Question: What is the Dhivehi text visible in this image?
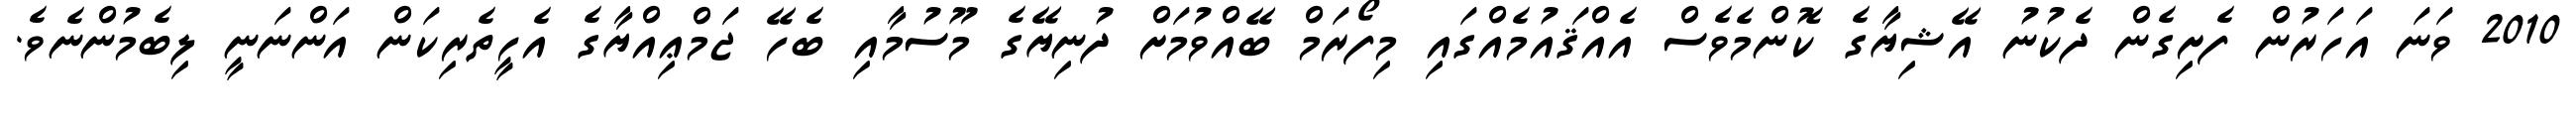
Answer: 2010 ވަނަ އަހަރުން ފެށިގެން ދެކުނު އޭޝިޔާގެ ކޮންމެވެސް އެއްޤައުމެއްގައި މިފޯރަމް ބޭއްވުމަށް ދުނިޔޭގެ މޫސުމާއި ބެހޭ ޖަމްޢިއްޔާގެ އެހީތެރިކަން އަންނަނީ ލިބެމުންނެވެ.